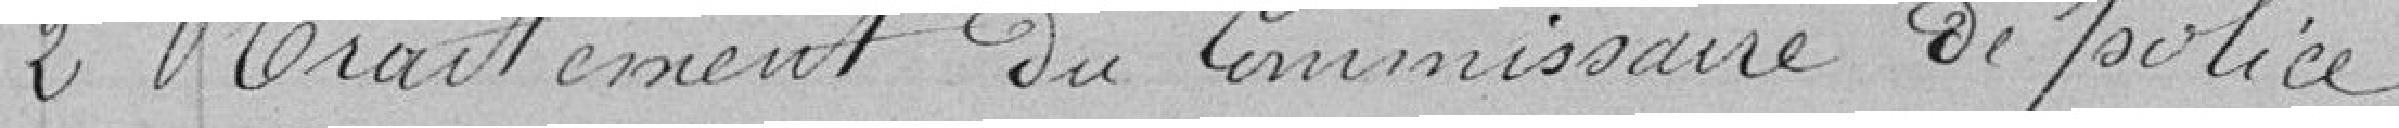
2 - traitement du Commissaire de police